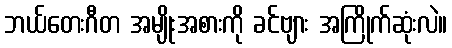
ဘယ်တေးဂီတ အမျိုးအစားကို ခင်ဗျား အကြိုက်ဆုံးလဲ။